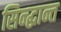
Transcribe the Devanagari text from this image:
सिन्द्धान्त